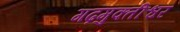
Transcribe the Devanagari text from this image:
गढ़मुक्तीश्वर